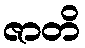
ဇာတိ